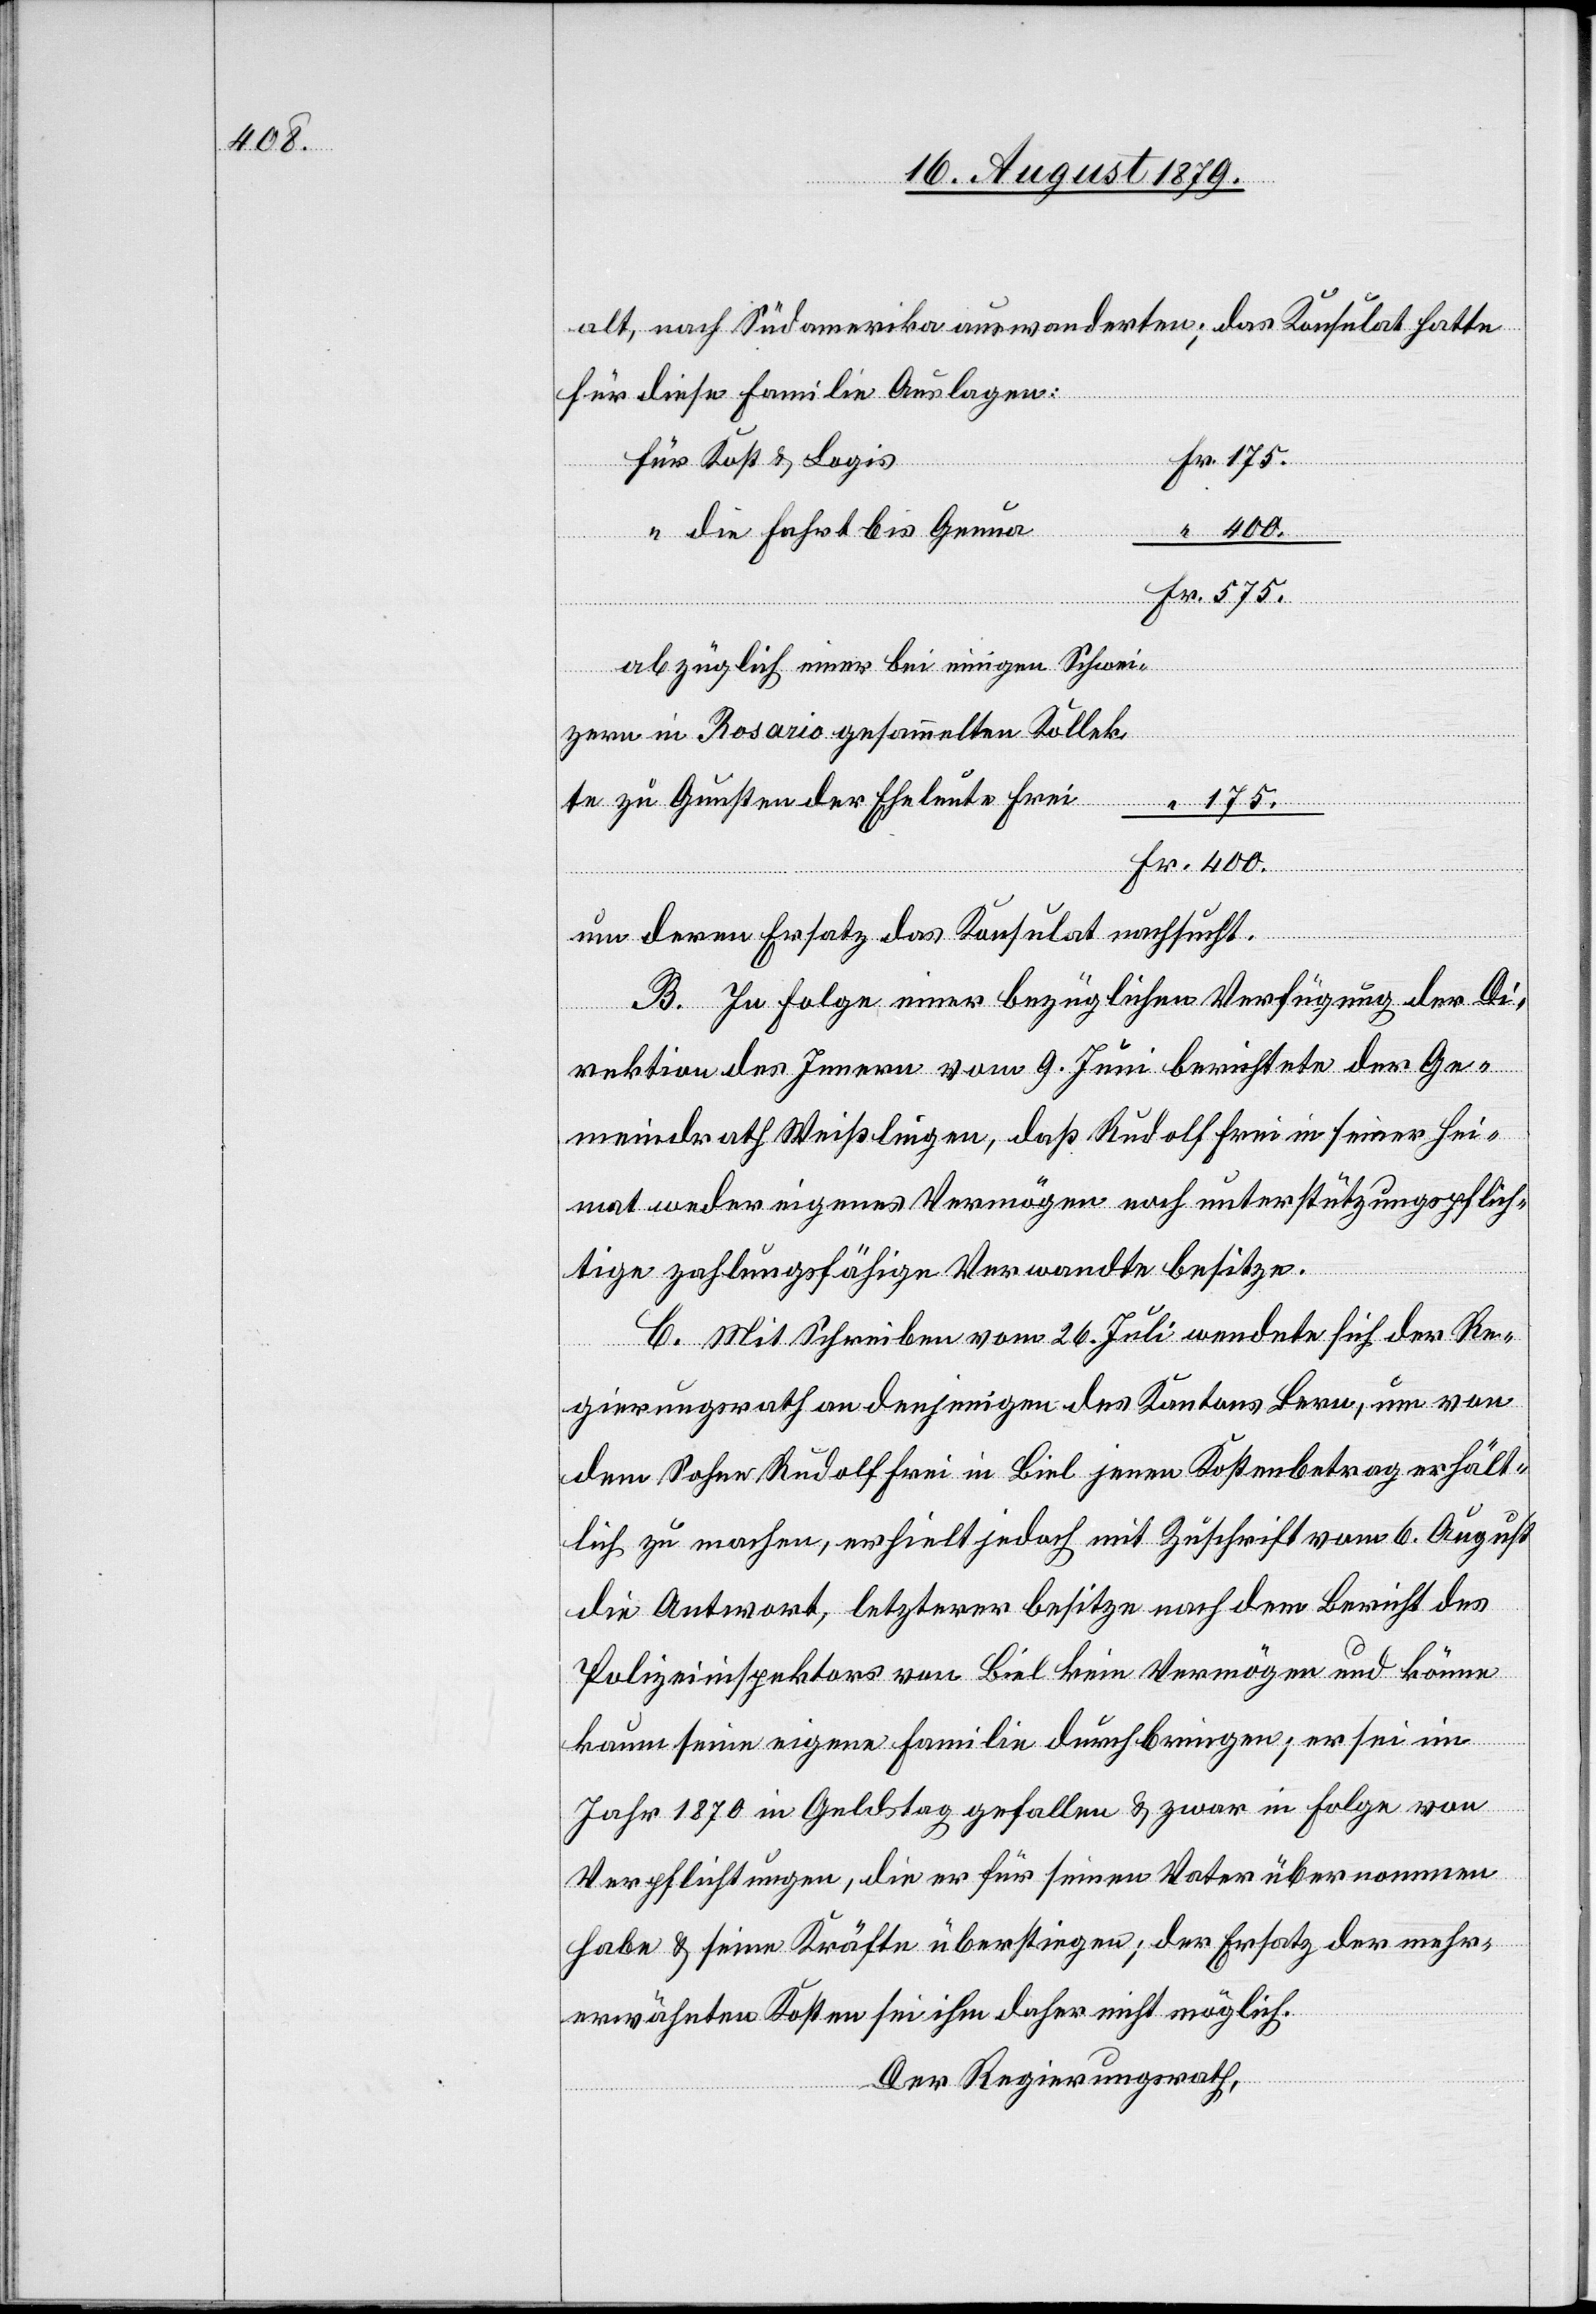
400.

alt, nach Südamerika auswanderten; das Konsulat hatte
für diese Familie Auslagen:
für Kost & Logis
“ die Fahrt bis Genua
abzüglich einer bei einigen Schwei¬
zern in Rosario gesammelte Kollek¬
te zu Gunsten der Eheleute Frei
“
Fr.
um deren Ersatz das Konsulat ersucht.
B. In Folge einer bezüglichen Verfügung der Di¬
Fr.
rektion des Innern vom 9. Juni berichtete der Ge¬
meindrath Weißlingen, daß Rudolf Frei in seiner Hei¬
mat weder eigenes Vermögen noch unterstützungspflich¬
tige zahlungsfähige Verwandte besitze.
C. Mit Schreiben vom 26. Juli wendete sich der Re¬
gierungsrath an denjenigen des Kantons Bern, um von
dem Sohne Rudolf Frei in Biel jenen Kostenbetrag erhält¬
lich zu machen, erhielt jedoch mit Zuschrift vom 6. August
die Antwort, letzterer besitze nach dem Bericht des
Polizeiinspektors von Biel kein Vermögen und könne
kaum seine eigene Familie durchbringen; er sei im
Jahr 1870 in Geldstag gefallen & zwar in Folge von
Verpflichtungen, die er für seinen Vater übernommen
haben & seine Kräfte überstiegen; der Ersatz der mehr¬
erwähnten Kosten sei ihm daher nicht möglich.
Der Regierungsrath,